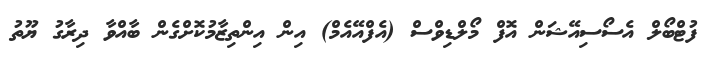
ފުޓްބޯލް އެސޯސިއޭޝަން އޮފް މޯލްޑިވްސް (އެފްއޭއެމް) އިން އިންތިޒާމުކޮށްގެން ބާއްވާ ދިރާގު ޔޫތު